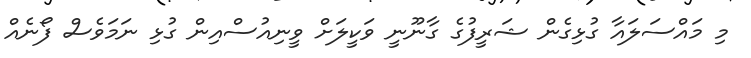
މި މައްސަލައާ ގުޅިގެން ޝަރީފުގެ ގާނޫނީ ވަކީލަށް ވީނިއުސްއިން ގުޅި ނަމަވެސް ފޯނެއް